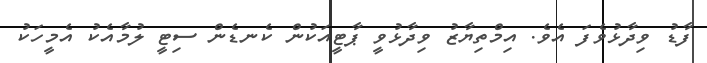
ފާޑު ވިދާޅުވެފަ އެވެ. އިމްތިޔާޒު ވިދާޅުވީ ޕާޓީއަކުން ކެނޑެން ސިޓީ ލުމާއެކު އެމީހަކު